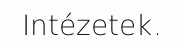
Intézetek.